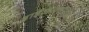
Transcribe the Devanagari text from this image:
डाईआक्साईड